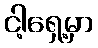
ငါ့ရှေ့မှာ